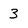
Character: 3